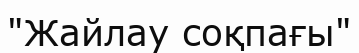
"Жайлау соқпағы"